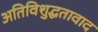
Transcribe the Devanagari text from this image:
अतिविशुद्धतावाद